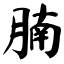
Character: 腩